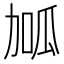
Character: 𭄱